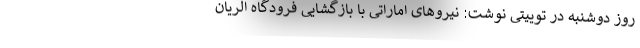
روز دوشنبه در توییتی نوشت: نیروهای اماراتی با بازگشایی فرودگاه الریان